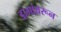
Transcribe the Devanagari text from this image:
डागांवरून